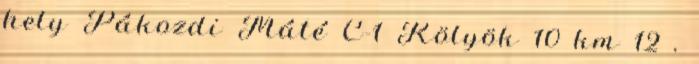
hely Pákozdi Máté C-1 Kölyök 10 km 12 .